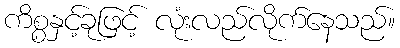
ကိစ္စနှင့်ခုဖြင့် လုံးလည်လိုက်နေသည်။